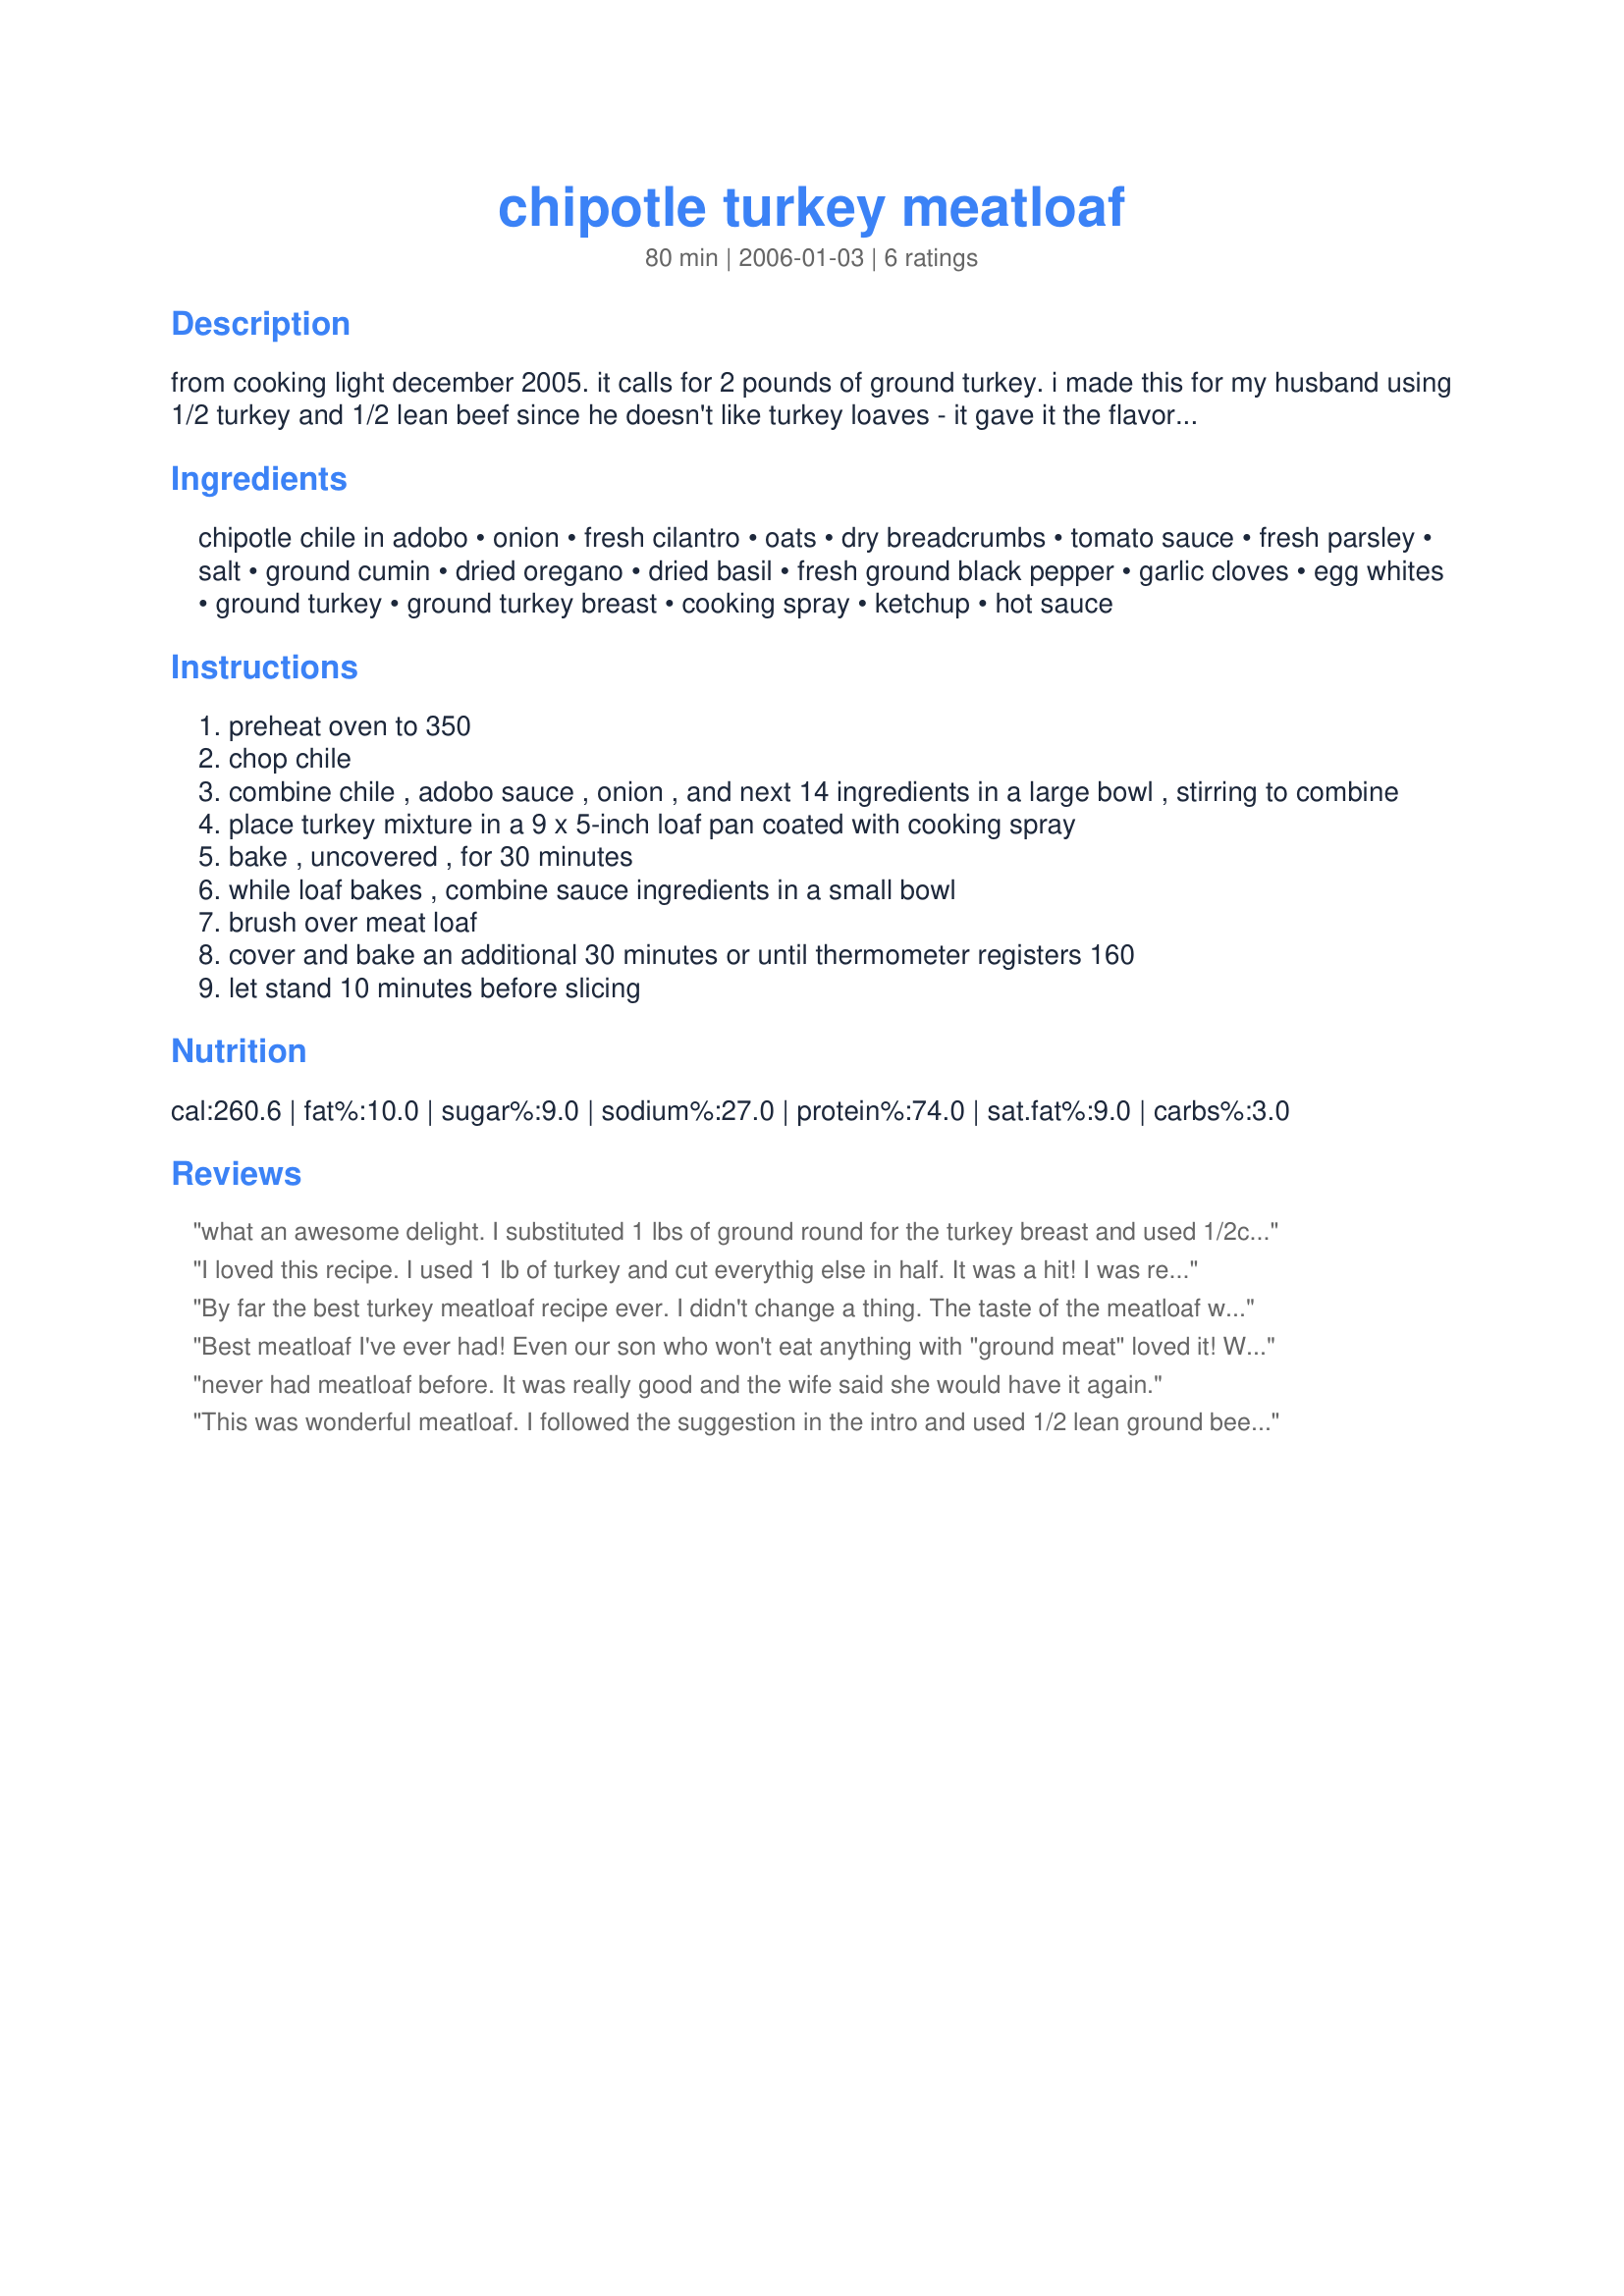
chipotle turkey meatloaf
Preparation time: 80 minutes

from cooking light december 2005. it calls for 2 pounds of ground turkey. i made this for my husband using 1/2 turkey and 1/2 lean beef since he doesn't like turkey loaves - it gave it the flavor of beef while still lightening it up. he loved it.

Ingredients:
chipotle chile in adobo, onion, fresh cilantro, oats, dry breadcrumbs, tomato sauce, fresh parsley, salt, ground cumin, dried oregano, dried basil, fresh ground black pepper, garlic cloves, egg whites, ground turkey, ground turkey breast, cooking spray, ketchup, hot sauce

Steps:
preheat oven to 350
chop chile
combine chile , adobo sauce , onion , and next 14 ingredients in a large bowl , stirring to combine
place turkey mixture in a 9 x 5-inch loaf pan coated with cooking spray
bake , uncovered , for 30 minutes
while loaf bakes , combine sauce ingredients in a small bowl
brush over meat loaf
cover and bake an additional 30 minutes or until thermometer registers 160
let stand 10 minutes before slicing

Reviews:
what an awesome delight. I substituted 1 lbs of ground round for the turkey breast and used 1/2c italian style bread crumbs. I also didn't have any fresh cilantro so used 2 tsps dried. I made a tomato based gravy to go with this and my bf just loved this as I also did too. Thanks for posting
I loved this recipe. I used 1 lb of turkey and cut everythig else in half. It was a hit! I was really surprised when this turned out better then ANY of my traditional meatloaf recipes. I will be making this regularly!
By far the best turkey meatloaf recipe ever. I didn't change a thing. The taste of the meatloaf was full flavored and extremely good. I don't usually like ground turkey but I am trying to acquire a taste for it. If all of the recipes I have tried were this good I would already be a convert. This helps greatly. Thanks
Best meatloaf I've ever had! Even our son who won't eat anything with "ground meat" loved it! What a great surprise.
never had meatloaf before. It was really good and the wife said she would have it again.
This was wonderful meatloaf. I followed the suggestion in the intro and used 1/2 lean ground beef and 1/2 ground turkey breast in the preparation and loved the flavor. I also sauteed my onions prior to adding them to the meat mixture. I just don't care for how raw onions work in meatloaf. We LOVED this with Recipe #276219 and steamed green beans. Great meal worth repeating.
